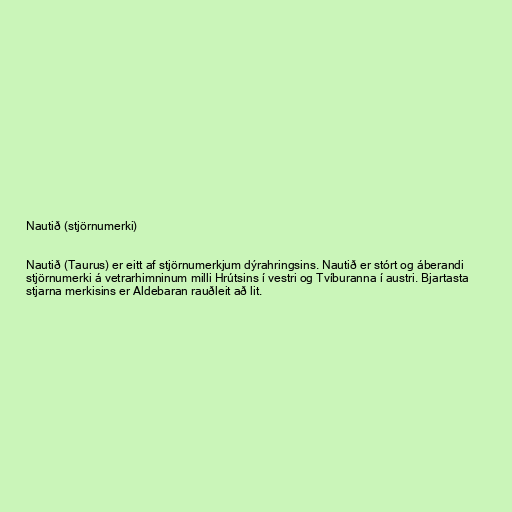
Nautið (stjörnumerki)

Nautið (Taurus) er eitt af stjörnumerkjum dýrahringsins. Nautið er stórt og áberandi
stjörnumerki á vetrarhimninum milli Hrútsins í vestri og Tvíburanna í austri. Bjartasta
stjarna merkisins er Aldebaran rauðleit að lit.